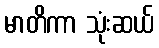
မာတိကာ သုံးဆယ်